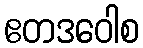
ဧတဒဝေါစ